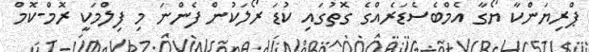
ޕްރިޔަންކާ ޔޯގާ އެމްބެސެޑަރެއްގެ ގޮތުގައި ކުޑަ ރޯލަކުން ފެންނަ މި ފިލްމަކީ ރޮމް-ކޮމް